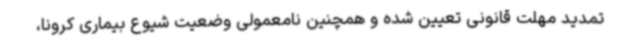
تمدید مهلت قانونی تعیین شده و همچنین نامعمولی وضعیت شیوع بیماری کرونا،